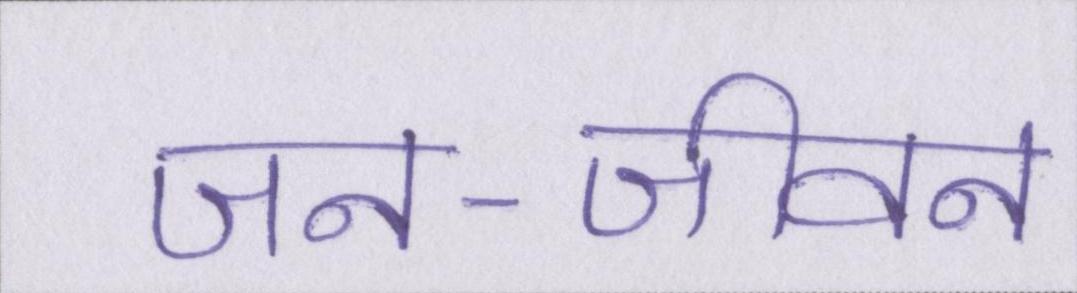
जन-जीवन